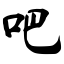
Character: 吧